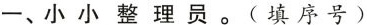
一、小小整理员。(填序号)